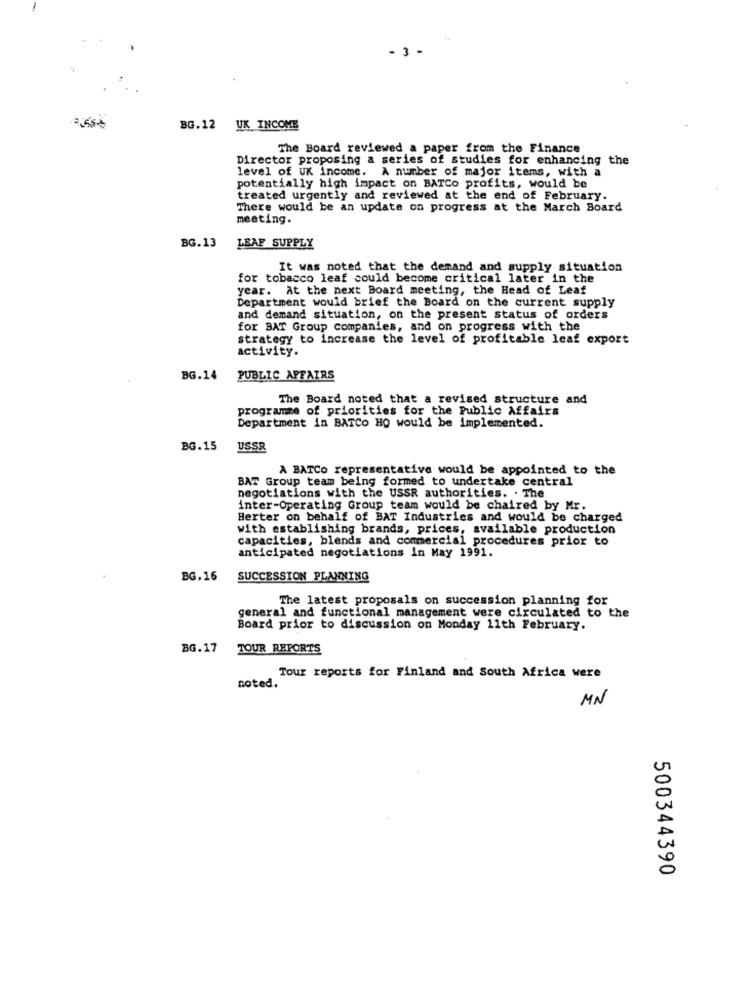
3 -
BG.12 UK INCOME
The Board reviewed a paper from the Finance
Director proposing a series of studies for enhancing the
level of UK income. A number of major items, with a
potentially high impact on BATCo profits, would be
treated urgently and reviewed at the end of February.
There would be an update on progress at the March Board
meeting.
BG.13
LEAF SUPPLY
It was noted that the demand and supply situation
for tobacco leaf could become critical later in the
year. At the next Board meeting, the Head of Leaf
Department would brief the Board on the current supply
and demand situation, on the present status of orders
for BAT Group companies, and on progress with the
strategy to increase the level of profitable leaf export
activity.
BG.14
PUBLIC AFFAIRS
The Board noted that a revised structure and
programme of priorities for the Public Affairs
Department in BATCo HO would be implemented.
BG.15
USSR
A BATCo representative would be appointed to the
BAT Group team being formed to undertake central
negotiations with the USSR authorities. . The
inter-Operating Group team would be chaired by Mr.
Herter on behalf of BAT Industries and would be charged
with establishing brands, prices, available production
capacities, blends and commercial procedures prior to
anticipated negotiations in May 1991.
BG.16
SUCCESSION PLANNING
The latest proposals on succession planning for
general and functional management were circulated to the
Board prior to discussion on Monday 11th February.
BG.17
TOUR REPORTS
Tour reports for Finland and South Africa were
noted.
MN
500344390